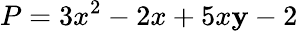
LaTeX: P=3x^{2}-2x+5x\mathbf{y}-2